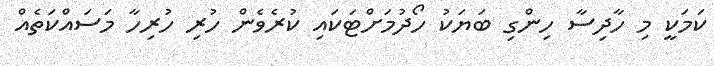
ކަމަކީ މި ހާދިސާ ހިންގި ބަޔަކު ހޯދުމަށްޓަކައި ކުރެވެން ހުރި ހުރިހާ މަސައްކަތެއް